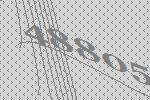
48805